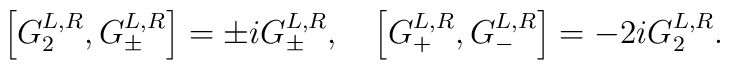
\left[ G_{2}^{L,R},G_{\pm }^{L,R}\right] =\pm iG_{\pm }^{L,R},\quad \left[G_{+}^{L,R},G_{-}^{L,R}\right] =-2iG_{2}^{L,R}.